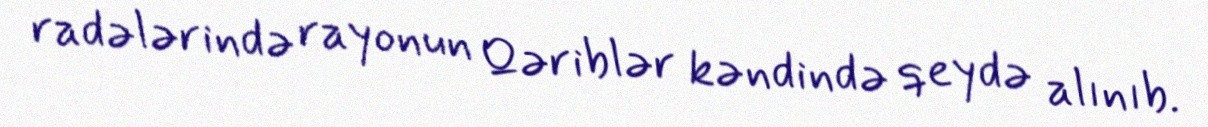
radələrində rayonun Qəriblər kəndində qeydə alınıb.